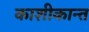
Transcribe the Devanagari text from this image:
काशीकान्त